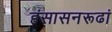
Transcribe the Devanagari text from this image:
हंसासनरूढां